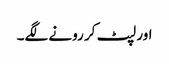
اور لپٹ کر رونے لگے۔